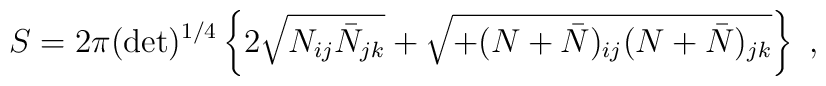
S= 2 \pi (\det )^{1/4}  \left\{ 2  \sqrt {  N_{ij} \bar N_{jk} }  + \sqrt  {  +(N +\bar N)_{ij} (N +\bar N)_{jk} } \right\} \ ,